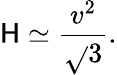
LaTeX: \mathsf{H}\simeq\frac{{v^{2}}}{{\sqrt{}{{3}}}}.